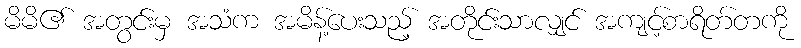
မိမိ၏ အတွင်းမှ အသံက အမိန့်ပေးသည့် အတိုင်းသာလျှင် အကျင့်စာရိတ်တကို